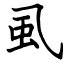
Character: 虱